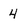
Character: 4